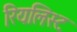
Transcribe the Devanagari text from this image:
रियलिस्ट